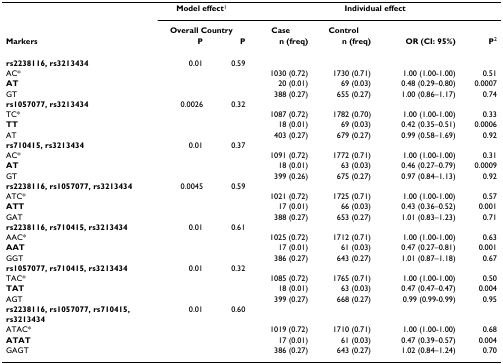
<table><thead><tr><td></td><td colspan="2"><b>Model effect<sup>1</sup></b></td><td colspan="4"><b>Individual effect</b></td></tr><tr><td></td><td colspan="2"><b>Overall Country</b></td><td><b>Case</b></td><td><b>Control</b></td><td></td><td></td></tr><tr><td><b>Markers</b></td><td><b>P</b></td><td><b>P</b></td><td><b>n (freq)</b></td><td><b>n (freq)</b></td><td><b>OR (CI: 95%)</b></td><td><b>P<sup>2</sup></b></td></tr></thead><tbody><tr><td><b>rs2238116, rs3213434</b></td><td>0.01</td><td>0.59</td><td></td><td></td><td></td><td></td></tr><tr><td>AC*</td><td></td><td></td><td>1030 (0.72)</td><td>1730 (0.71)</td><td>1.00 (1.00-1.00)</td><td>0.51</td></tr><tr><td><b>AT</b></td><td></td><td></td><td>20 (0.01)</td><td>69 (0.03)</td><td>0.48 (0.29–0.80)</td><td>0.0007</td></tr><tr><td>GT</td><td></td><td></td><td>388 (0.27)</td><td>655 (0.27)</td><td>1.00 (0.86–1.17)</td><td>0.74</td></tr><tr><td><b>rs1057077, rs3213434</b></td><td>0.0026</td><td>0.32</td><td></td><td></td><td></td><td></td></tr><tr><td>TC*</td><td></td><td></td><td>1087 (0.72)</td><td>1782 (0.70)</td><td>1.00 (1.00-1.00)</td><td>0.33</td></tr><tr><td><b>TT</b></td><td></td><td></td><td>18 (0.01)</td><td>69 (0.03)</td><td>0.42 (0.35–0.51)</td><td>0.0006</td></tr><tr><td>AT</td><td></td><td></td><td>403 (0.27)</td><td>679 (0.27)</td><td>0.99 (0.58–1.69)</td><td>0.92</td></tr><tr><td><b>rs710415, rs3213434</b></td><td>0.01</td><td>0.37</td><td></td><td></td><td></td><td></td></tr><tr><td>AC*</td><td></td><td></td><td>1091 (0.72)</td><td>1772 (0.71)</td><td>1.00 (1.00-1.00)</td><td>0.31</td></tr><tr><td><b>AT</b></td><td></td><td></td><td>18 (0.01)</td><td>63 (0.03)</td><td>0.46 (0.27–0.79)</td><td>0.0009</td></tr><tr><td>GT</td><td></td><td></td><td>399 (0.26)</td><td>675 (0.27)</td><td>0.97 (0.84–1.13)</td><td>0.92</td></tr><tr><td><b>rs2238116, rs1057077, rs3213434</b></td><td>0.0045</td><td>0.59</td><td></td><td></td><td></td><td></td></tr><tr><td>ATC*</td><td></td><td></td><td>1021 (0.72)</td><td>1725 (0.71)</td><td>1.00 (1.00-1.00)</td><td>0.57</td></tr><tr><td><b>ATT</b></td><td></td><td></td><td>17 (0.01)</td><td>66 (0.03)</td><td>0.43 (0.36–0.52)</td><td>0.001</td></tr><tr><td>GAT</td><td></td><td></td><td>388 (0.27)</td><td>653 (0.27)</td><td>1.01 (0.83–1.23)</td><td>0.71</td></tr><tr><td><b>rs2238116, rs710415, rs3213434</b></td><td>0.01</td><td>0.61</td><td></td><td></td><td></td><td></td></tr><tr><td>AAC*</td><td></td><td></td><td>1025 (0.72)</td><td>1712 (0.71)</td><td>1.00 (1.00-1.00)</td><td>0.63</td></tr><tr><td><b>AAT</b></td><td></td><td></td><td>17 (0.01)</td><td>61 (0.03)</td><td>0.47 (0.27–0.81)</td><td>0.001</td></tr><tr><td>GGT</td><td></td><td></td><td>386 (0.27)</td><td>643 (0.27)</td><td>1.01 (0.87–1.18)</td><td>0.67</td></tr><tr><td><b>rs1057077, rs710415, rs3213434</b></td><td>0.01</td><td>0.32</td><td></td><td></td><td></td><td></td></tr><tr><td>TAC*</td><td></td><td></td><td>1085 (0.72)</td><td>1765 (0.71)</td><td>1.00 (1.00-1.00)</td><td>0.50</td></tr><tr><td><b>TAT</b></td><td></td><td></td><td>18 (0.01)</td><td>63 (0.03)</td><td>0.47 (0.47–0.47)</td><td>0.004</td></tr><tr><td>AGT</td><td></td><td></td><td>399 (0.27)</td><td>668 (0.27)</td><td>0.99 (0.99-0.99)</td><td>0.95</td></tr><tr><td><b>rs2238116, rs1057077, rs710415,</b></td><td>0.01</td><td>0.60</td><td></td><td></td><td></td><td></td></tr><tr><td><b>rs3213434</b></td><td></td><td></td><td></td><td></td><td></td><td></td></tr><tr><td>ATAC*</td><td></td><td></td><td>1019 (0.72)</td><td>1710 (0.71)</td><td>1.00 (1.00-1.00)</td><td>0.68</td></tr><tr><td><b>ATAT</b></td><td></td><td></td><td>17 (0.01)</td><td>61 (0.03)</td><td>0.47 (0.39–0.57)</td><td>0.004</td></tr><tr><td>GAGT</td><td></td><td></td><td>386 (0.27)</td><td>643 (0.27)</td><td>1.02 (0.84–1.24)</td><td>0.70</td></tr></tbody></table>